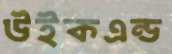
উইকএন্ড